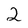
Character: 2